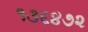
૧૩૬૪૭૨